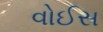
વોઈસ